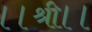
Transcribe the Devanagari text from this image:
।।श्री।।